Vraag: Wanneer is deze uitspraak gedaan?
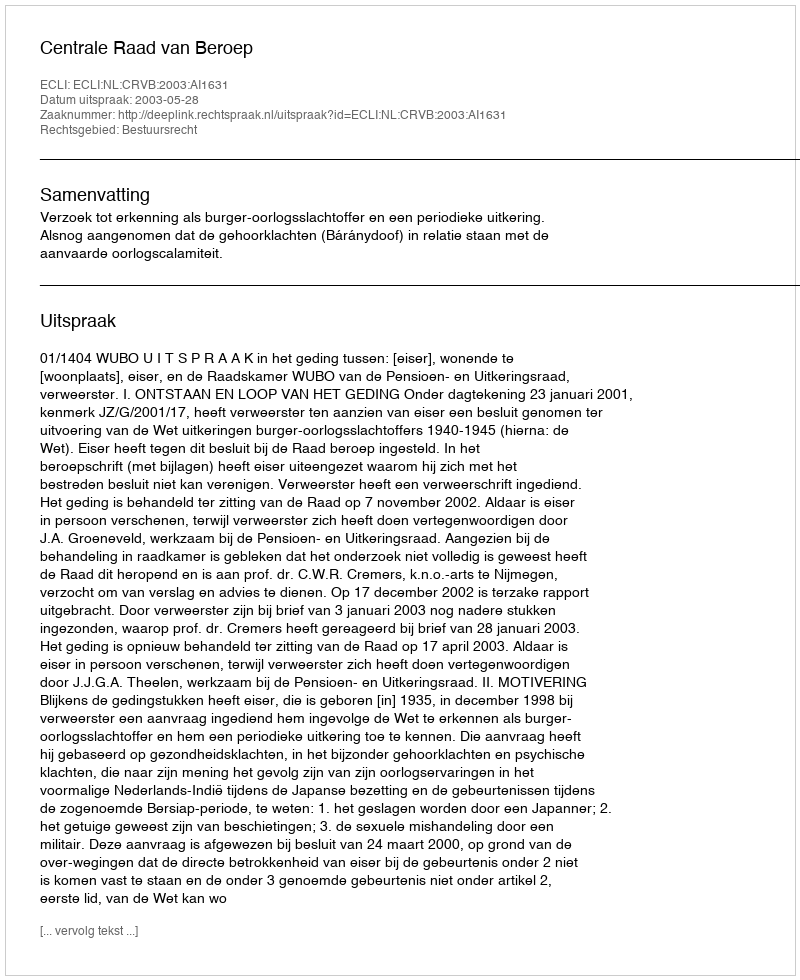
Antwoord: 2003-05-28